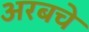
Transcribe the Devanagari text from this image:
अरबचे